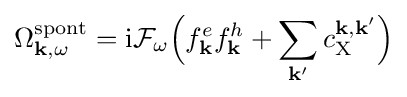
\Omega _{\mathbf {k} ,\omega }^{\mathrm {spont} }=\mathrm {i} {\mathcal {F}}_{\omega }{\Bigl (}f_{\mathbf {k} }^{e}f_{\mathbf {k} }^{h}+\sum _{\mathbf {k'} }c_{\mathrm {X} }^{\mathbf {k} ,\mathbf {k'} }{\Bigr )}